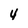
Character: 4